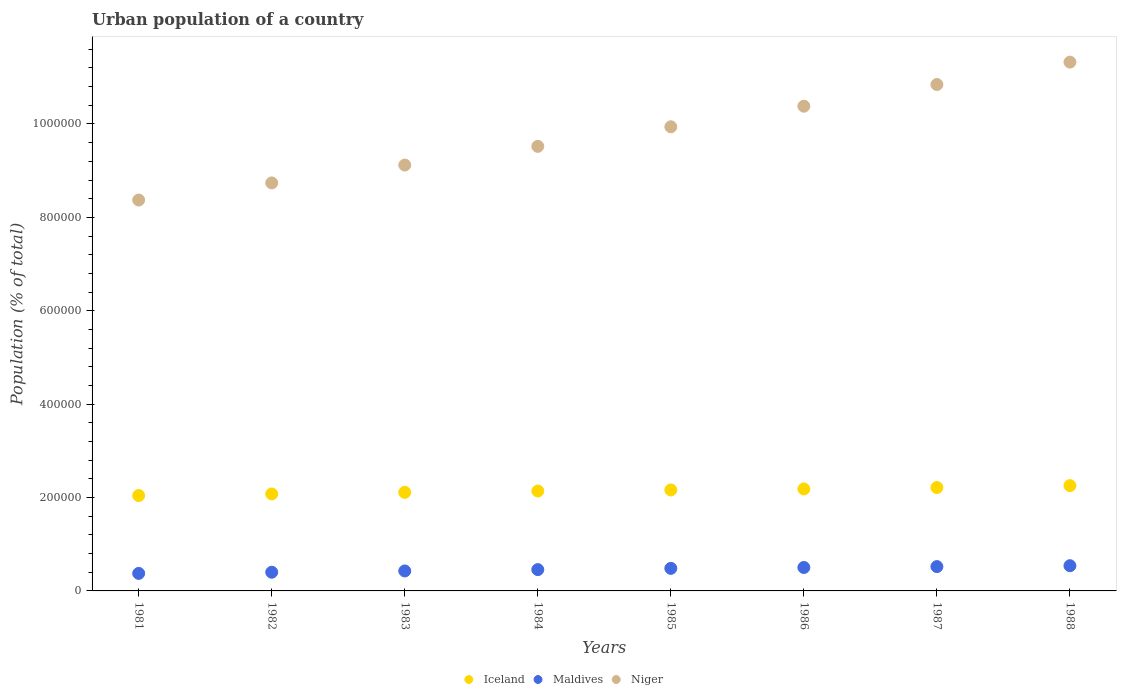
| Years | Iceland | Maldives | Niger |
 | --- | --- | --- | --- |
 | 1981 | 2.04e+05 | 3.75e+04 | 8.37e+05 |
 | 1982 | 2.08e+05 | 4e+04 | 8.74e+05 |
 | 1983 | 2.11e+05 | 4.28e+04 | 9.12e+05 |
 | 1984 | 2.14e+05 | 4.56e+04 | 9.52e+05 |
 | 1985 | 2.16e+05 | 4.83e+04 | 9.94e+05 |
 | 1986 | 2.18e+05 | 5.02e+04 | 1.04e+06 |
 | 1987 | 2.21e+05 | 5.21e+04 | 1.08e+06 |
 | 1988 | 2.26e+05 | 5.4e+04 | 1.13e+06 |